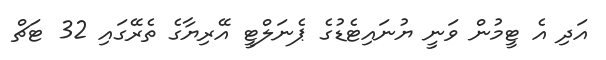
އަދި އެ ޓީމުން ވަނީ ޔުނައިޓެޑުގެ ޕެނަލްޓީ އޭރިޔާގެ ތެރޭގައި 32 ޓަޗް